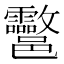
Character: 𨟮